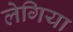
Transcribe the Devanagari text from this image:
लेगिया